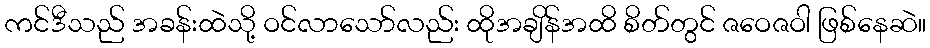
ကင်ဒီသည် အခန်းထဲသို့ ဝင်လာသော်လည်း ထိုအချိန်အထိ စိတ်တွင် ဇဝေဇဝါ ဖြစ်နေဆဲ။